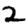
Digit: 2